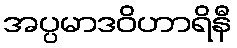
အပ္ပမာဒဝိဟာရိနီ